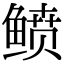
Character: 鲼